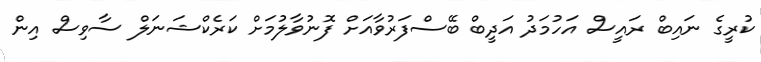
ކުރީގެ ނައިބް ރައީސް އަހުމަދު އަދީބް ބޭސްފަރުވާއަށް ފޮނުވާލުމަށް ކަރެކްޝަނަލް ސާވިސް އިން